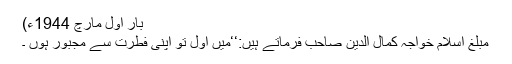
بار اوّل مارچ 1944ء)
مبلغ اسلام خواجہ کمال الدین صاحب فرماتے ہیں:‘‘میں اوّل تو اپنی فطرت سے مجبور ہوں ۔